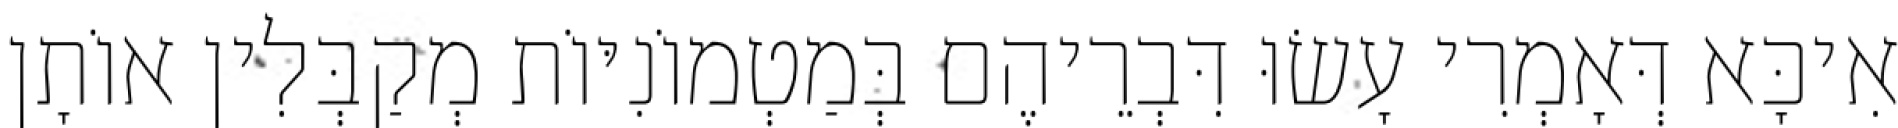
אִיכָּא דְּאָמְרִי עָשׂוּ דִּבְרֵיהֶם בְּמַטְמוֹנִיּוֹת מְקַבְּלִין אוֹתָן